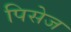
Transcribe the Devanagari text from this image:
पिसेज